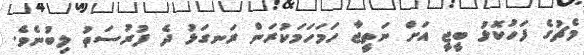
މެޗުގެ ފަހުކޮޅު ބީޖީ އަށް ނަތީޖާ ހަމަހަމަކުރަން ރަނގަޅު ދެ ފުރުސަތު ލިބުނެވެ.